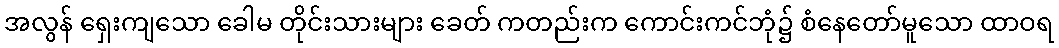
အလွန် ရှေးကျသော ခေါမ တိုင်းသားများ ခေတ် ကတည်းက ကောင်းကင်ဘုံ၌ စံနေတော်မူသော ထာဝရ